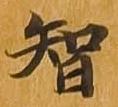
智